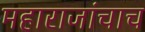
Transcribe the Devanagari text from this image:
महाराजांचाच